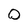
Character: 0